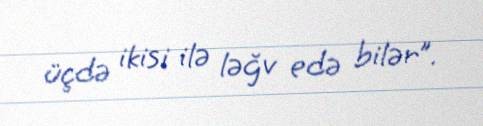
üçdə ikisi ilə ləğv edə bilər”.